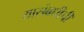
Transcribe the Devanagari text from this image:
यासंबधीची